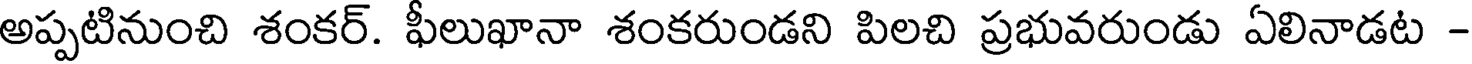
అప్పటినుంచి శంకర్. ఫీలుఖానా శంకరుండని పిలచి ప్రభువరుండు ఏలినాడట -